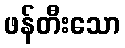
ဖန်တီးသော